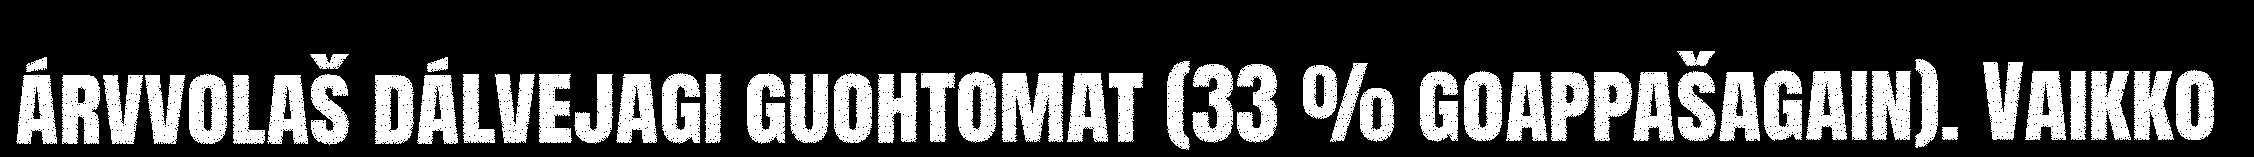
árvvolaš dálvejagi guohtomat (33 % goappašagain). Vaikko